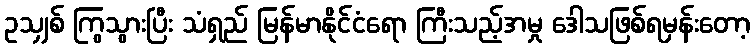
ဥသျှစ် ကြွသွားပြီး သံရှည် မြန်မာနိုင်ငံရော ကြီးသည့်အမှု ဒေါသဖြစ်ရမှန်းတော့